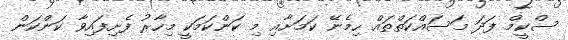
ސްކީމް ފަދަ މަސައްކަތްތައް ހިމެނޭ ކަމަށާއި މި ކަންކަމަކީ މިހާރު ފެށިފައިވާ ކަންކަން